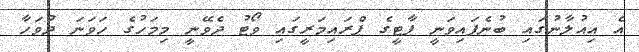
އެ އިއުލާނުގައި ބުނެފައިވަނީ ޕާޓީގެ ޕްރައިމަރީގައި ވޯޓު ދެވޭނީ މިމަހުގެ ހަވަނަ ދުވަހާ